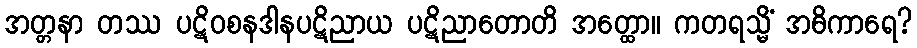
အတ္တနာ တဿ ပဋိဝစနဒါနပဋိညာယ ပဋိညာတောတိ အတ္ထော။ ကတရသ္မိံ အဓိကာရေ?